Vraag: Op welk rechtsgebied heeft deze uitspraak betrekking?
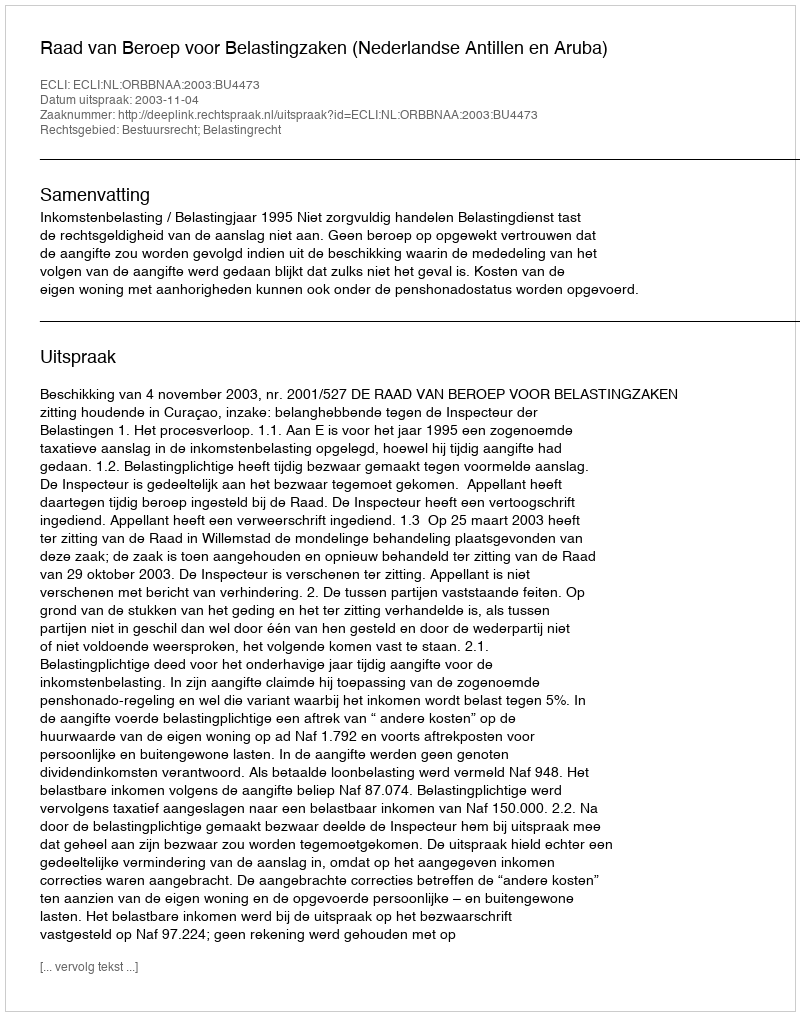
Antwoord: Bestuursrecht; Belastingrecht